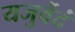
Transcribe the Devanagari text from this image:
यजुर्वेदं